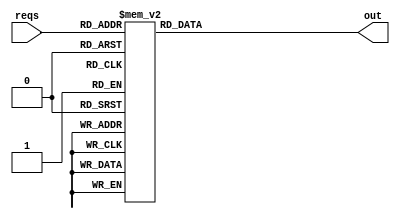
// Copyright 2007 Altera Corporation. All rights reserved.  
// Altera products are protected under numerous U.S. and foreign patents, 
// maskwork rights, copyrights and other intellectual property laws.  
//
// This reference design file, and your use thereof, is subject to and governed
// by the terms and conditions of the applicable Altera Reference Design 
// License Agreement (either as signed by you or found at www.altera.com).  By
// using this reference design file, you indicate your acceptance of such terms
// and conditions between you and Altera Corporation.  In the event that you do
// not agree with such terms and conditions, you may not use the reference 
// design file and please promptly destroy any copies you have made.
//
// This reference design file is being provided on an "as-is" basis and as an 
// accommodation and therefore all warranties, representations or guarantees of 
// any kind (whether express, implied or statutory) including, without 
// limitation, warranties of merchantability, non-infringement, or fitness for
// a particular purpose, are specifically disclaimed.  By making this reference
// design file available, Altera expressly does not recommend, suggest or 
// require that this reference design file be used in combination with any 
// other product not provided by Altera.
/////////////////////////////////////////////////////////////////////////////

//baeckler - 11-14-2006
// priority encoder
//   no requests - output = 0
//   request bit 0 (highest priority) - output = 1
//   request bit 5 (lowest priority) - output = 6
module prio_encode (reqs,out);
input [5:0] reqs;
output [2:0] out;
reg [2:0] out;

    always @(*) begin
      case(reqs)
        // 0 is special, no reqs
        6'd0: out = 0;

        6'd1: out = 1;
        6'd2: out = 2;
        6'd3: out = 1;
        6'd4: out = 3;
        6'd5: out = 1;
        6'd6: out = 2;
        6'd7: out = 1;
        6'd8: out = 4;
        6'd9: out = 1;
        6'd10: out = 2;
        6'd11: out = 1;
        6'd12: out = 3;
        6'd13: out = 1;
        6'd14: out = 2;
        6'd15: out = 1;
        6'd16: out = 5;
        6'd17: out = 1;
        6'd18: out = 2;
        6'd19: out = 1;
        6'd20: out = 3;
        6'd21: out = 1;
        6'd22: out = 2;
        6'd23: out = 1;
        6'd24: out = 4;
        6'd25: out = 1;
        6'd26: out = 2;
        6'd27: out = 1;
        6'd28: out = 3;
        6'd29: out = 1;
        6'd30: out = 2;
        6'd31: out = 1;
        6'd32: out = 6;
        6'd33: out = 1;
        6'd34: out = 2;
        6'd35: out = 1;
        6'd36: out = 3;
        6'd37: out = 1;
        6'd38: out = 2;
        6'd39: out = 1;
        6'd40: out = 4;
        6'd41: out = 1;
        6'd42: out = 2;
        6'd43: out = 1;
        6'd44: out = 3;
        6'd45: out = 1;
        6'd46: out = 2;
        6'd47: out = 1;
        6'd48: out = 5;
        6'd49: out = 1;
        6'd50: out = 2;
        6'd51: out = 1;
        6'd52: out = 3;
        6'd53: out = 1;
        6'd54: out = 2;
        6'd55: out = 1;
        6'd56: out = 4;
        6'd57: out = 1;
        6'd58: out = 2;
        6'd59: out = 1;
        6'd60: out = 3;
        6'd61: out = 1;
        6'd62: out = 2;
        6'd63: out = 1;
      endcase
    end
endmodule